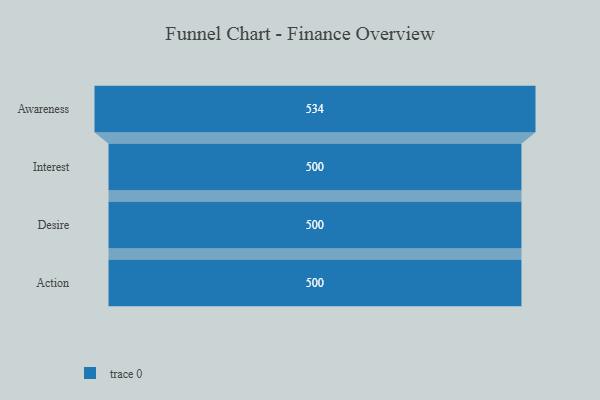
{"axis": {"x": "Stage", "y": "Value"}, "legend": [""], "data": [{"x": "Awareness", "y": 534.0, "type": ""}, {"x": "Interest", "y": 500, "type": ""}, {"x": "Desire", "y": 500, "type": ""}, {"x": "Action", "y": 500, "type": ""}]}